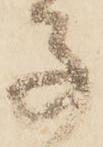
子